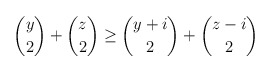
\begin{align*}\binom{y}{2} +\binom{z}{2} \geq \binom{y+i}{2} +\binom{z-i}{2}\end{align*}